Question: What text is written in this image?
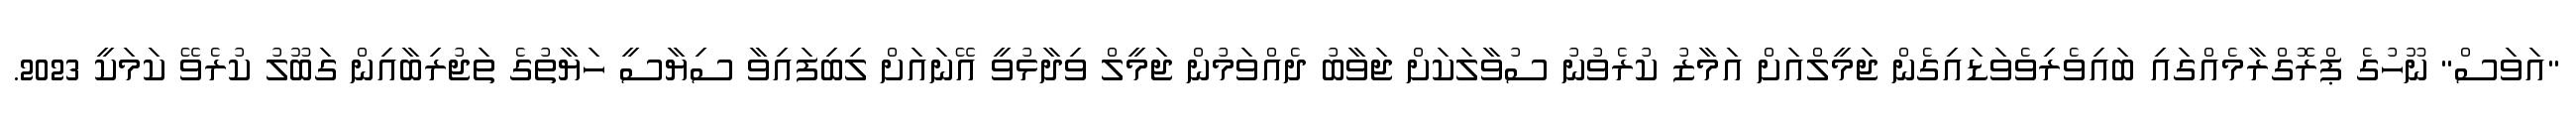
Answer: "އަވަސް" ނޫހުގެ ޕްރޮގްރާމެއްގައި ބައިވެރިވެވަޑައިގެން ޖަމީލްއަށް އަމާޒު ކުރެވުނު ސުވާލަކަށް ޖަވާބު ދެއްވަމުން ޖަމީލް ވިދާޅުވީ އޭނައަށް ލިބިފައިވާ ސިޔާސީ ހަޔާތުގެ ތަޖުރިބާއިން ގަބޫލު ކުރެވޭ ކަމަކީ 2023.